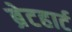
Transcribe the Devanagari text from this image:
ब्रेटहार्ट